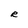
Character: R